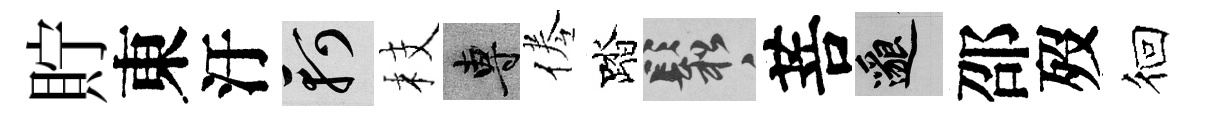
貯東汙軻枝專倦踏鬆菩邈邵歿徊